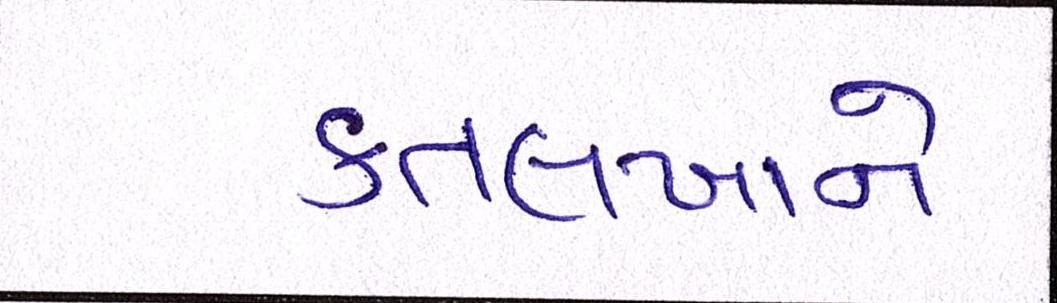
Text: કતલખાને